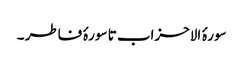
سورۂ الاحزاب تا سورۂ فاطر ۔